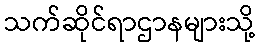
သက်ဆိုင်ရာဌာနများသို့